Vaccination in Bombay 1874-1876 - 1874-1876
Year: 1874
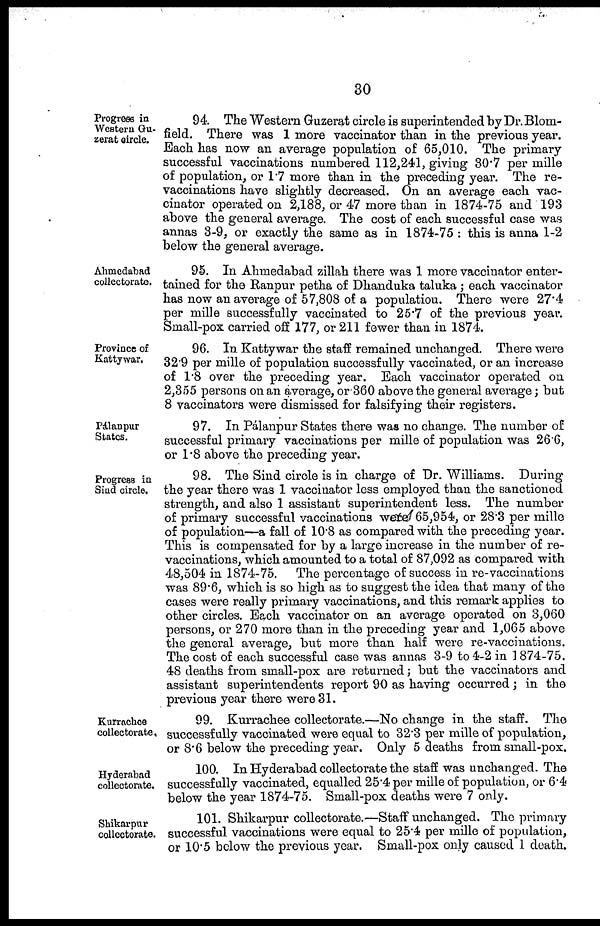
30
Progress in
Western Gu¬
zerat circle.
94. The Western Guzerat circle is superintended by Dr. Blom-
field. There was 1 more vaccinator than in the previous year.
Each has now an average population of 65,010. The primary
successful vaccinations numbered 112,241, giving 30.7 per mille
of population, or 17 more than in the preceding year. The re-
vaccinations have slightly decreased. On an average each vac-
cinator operated on 2,188, or 47 more than in 1874-75 and 193
above the general average. The cost of each successful case was
annas 3-9, or exactly the same as in 1874-75 : this is anna 1-2
below the general average.
Ahmedabad
collectorate.
95. In Ahmedabad zillah there was 1 more vaccinator enter-
tained for the Ranpur petha of Dhanduka taluka; each vaccinator
has now an average of 57,808 of a population. There were 27.4
per mille successfully vaccinated to 25.7 of the previous year.
Small-pox carried off 177, or 211 fewer than in 1874.
Province of
Kattywar.
96. In Kattywar the staff remained unchanged. There were
32.9 per mille of population successfully vaccinated, or an increase
of 1.8 over the preceding year. Each vaccinator operated on
2,355 persons on an average, or 360 above the general average; but
8 vaccinators were dismissed for falsifying their registers.
Pálanpur
States.
97. In Pálanpur States there was no change. The number of
successful primary vaccinations per mille of population was 26.6,
or 1.8 above the preceding year.
Progress in
Sind circle.
98. The Sind circle is in charge of Dr. Williams. During
the year there was 1 vaccinator less employed than the sanctioned
strength, and also 1 assistant superintendent less. The number
of primary successful vaccinations were 65,954, or 28.3 per mille
of population—a fall of 10.8 as compared with the preceding year.
This is compensated for by a large increase in the number of re-
vaccinations, which amounted to a total of 87,092 as compared with
48,504 in 1874-75. The percentage of success in re-vaccinations
was 89.6, which is so high as to suggest the idea that many of the
cases were really primary vaccinations, and this remark applies to
other circles. Each vaccinator on an average operated on 3,060
persons, or 270 more than in the preceding year and 1,065 above
the general average, but more than half were re-vaccinations.
The cost of each successful case was annas 3-9 to 4-2 in 1874-75.
48 deaths from small-pox are returned; but the vaccinators and
assistant superintendents report 90 as having occurred; in the
previous year there were 31.
Kurrachee
collectorate.
99. Kurrachee collectorate.—No change in the staff. The
successfully vaccinated were equal to 32.3 per mille of population,
or 8.6 below the preceding year. Only 5 deaths from small-pox.
Hyderabad
collectorate.
100. In Hyderabad collectorate the staff was unchanged. The
successfully vaccinated, equalled 25.4 per mille of population, or 6.4
below the year 1874-75. Small-pox deaths were 7 only.
Shikarpur
collectorate.
101. Shikarpur collectorate.—Staff unchanged. The primary
successful vaccinations were equal to 25.4 per mille of population,
or 10.5 below the previous year. Small-pox only caused 1 death.